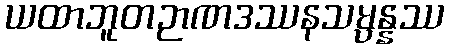
ယထာဘူတဉာဏဒဿနသမ္ပန္နဿ